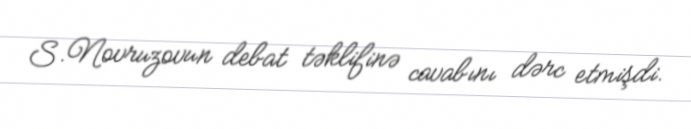
S.Novruzovun debat təklifinə cavabını dərc etmişdi.